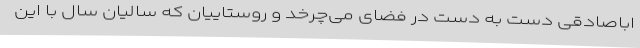
اباصادقی دست به دست در فضای می‌چرخد و روستاییان که سالیان سال با این